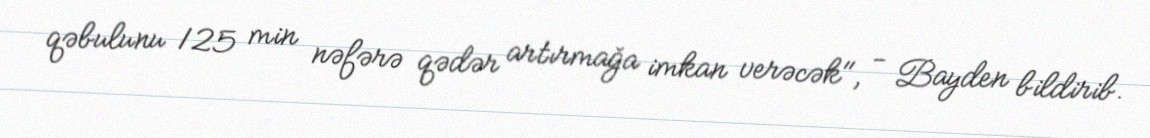
qəbulunu 125 min nəfərə qədər artırmağa imkan verəcək", - Bayden bildirib.